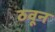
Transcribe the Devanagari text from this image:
ठवून